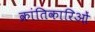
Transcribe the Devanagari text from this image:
क्रांतिकारिओं